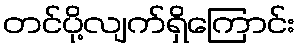
တင်ပို့လျက်ရှိကြောင်း